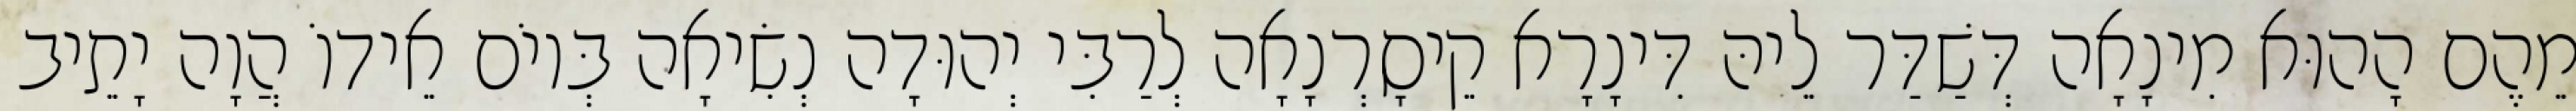
מֵהֶם הָהוּא מִינָאָה דְּשַׁדַּר לֵיהּ דִּינָרָא קֵיסָרְנָאָה לְרַבִּי יְהוּדָה נְשִׂיאָה בְּיוֹם אֵידוֹ הֲוָה יָתֵיב